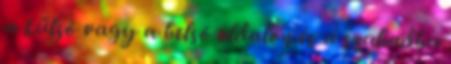
a külsõ vagy a belsõ oldalon és a szabadba